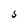
Character: S